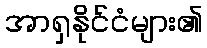
အာရှနိုင်ငံများ၏